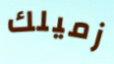
زميلك